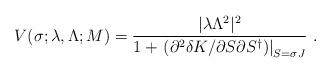
LaTeX: \begin{align*}V(\sigma;\lambda,\Lambda;M) = \frac{|\lambda \Lambda^2|^2}{1 + \left.\left(\partial^2 \delta K/\partial S \partial S^{\dagger}\right)\right|_{S=\sigma J}} \ . \end{align*}